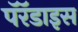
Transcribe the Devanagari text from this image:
पॅरॅडाइस